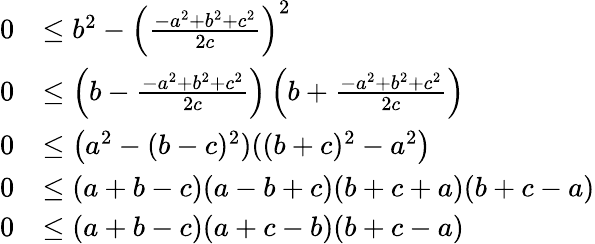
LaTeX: {\begin{array}{rl}{0}&{\leq b^{2}-\left({\frac{-a^{2}+b^{2}+c^{2}}{2c}}\right)^{2}}\\ {0}&{\leq\left(b-{\frac{-a^{2}+b^{2}+c^{2}}{2c}}\right)\left(b+{\frac{-a^{2}+b^{2}+c^{2}}{2c}}\right)}\\ {0}&{\leq\left(a^{2}-(b-c)^{2})((b+c)^{2}-a^{2}\right)}\\ {0}&{\leq(a+b-c)(a-b+c)(b+c+a)(b+c-a)}\\ {0}&{\leq(a+b-c)(a+c-b)(b+c-a)}\end{array}}